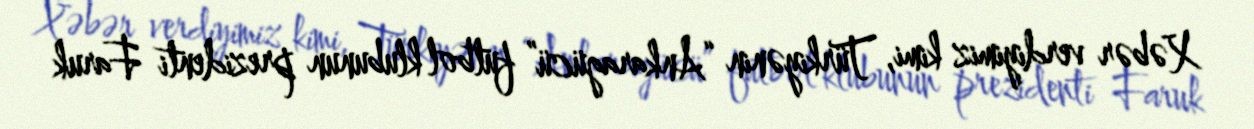
Xəbər verdiyimiz kimi, Türkiyənin “Ankaragücü” futbol klubunun prezidenti Faruk